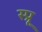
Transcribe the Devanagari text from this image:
स्प्रू